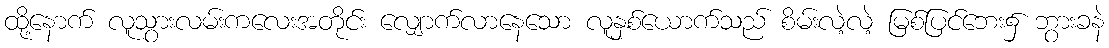
ထို့နောက် လူသွားလမ်းကလေးအတိုင်း လျှောက်လာနေသော လူနှစ်ယောက်သည် စိမ်းလဲ့လဲ့ မြစ်ပြင်ဘေး၌ ဘွားခနဲ